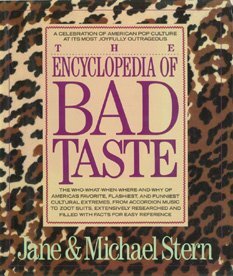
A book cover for Encyclopedia of Bad Taste; Jane Stern; Reference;